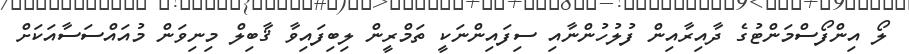
ލޯ އިންފޯސްމަންޓުގެ ދާއިރާއިން ފުލުހުންނާއި ސިފައިންނަކީ ތަމްރީން ލިބިފައިވާ ޤާބިލް މިނިވަން މުއައްސަސާއަކަށް